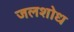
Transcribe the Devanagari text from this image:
जलशोध